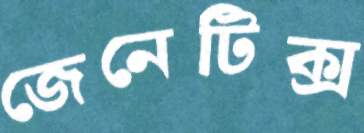
জেনেটিক্স